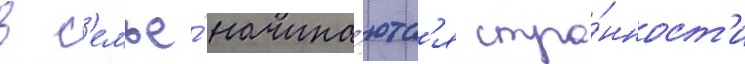
в с'емье́ начина́ютс'я стра́нност'и